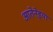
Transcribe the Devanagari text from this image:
आतेनेइया